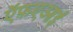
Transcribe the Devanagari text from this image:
ऍफ़एआई